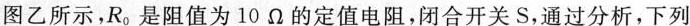
图乙所示，R_{0}是阻值为10Ω的定值电阻，闭合开关S，通过分析，下列